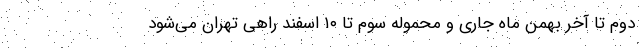
دوم تا آخر بهمن ماه جاری و محموله سوم تا ۱۰ اسفند راهی تهران می‌شود